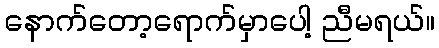
နောက်တော့ရောက်မှာပေါ့ ညီမရယ်။